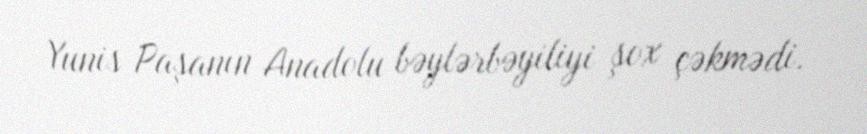
Yunis Paşanın Anadolu bəylərbəyiliyi şox çəkmədi.